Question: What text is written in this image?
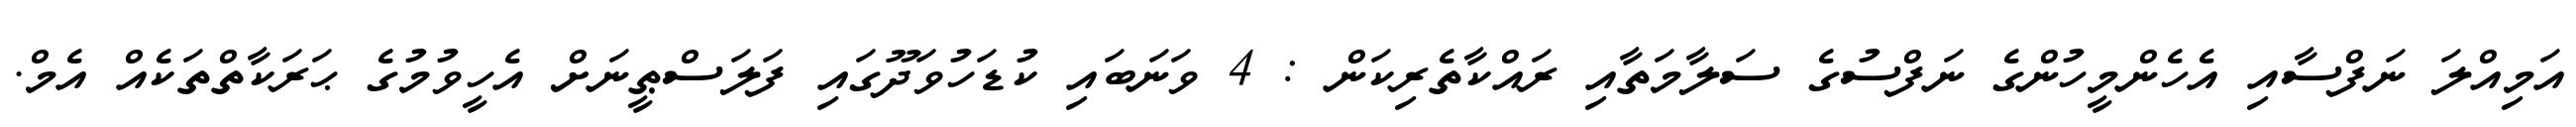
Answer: އަމިއްލަ ނަފްސާއި އެހެންމީހުންގެ ނަފްސުގެ ސަލާމަތާއި ރައްކާތެރިކަން : 4 ވަނަބައި ކުޑަހުވަދޫގައި ފަލަސްޠީނަށް އެހީވުމުގެ ޙަރަކާތްތަކެއް އެމް.